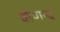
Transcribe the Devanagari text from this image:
वाणन्द